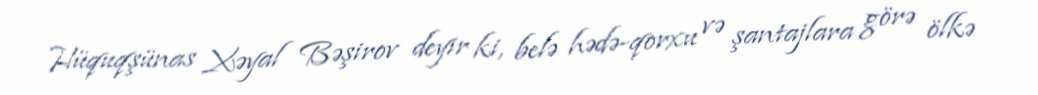
Hüquqşünas Xəyal Bəşirov deyir ki, belə hədə-qorxu və şantajlara görə ölkə